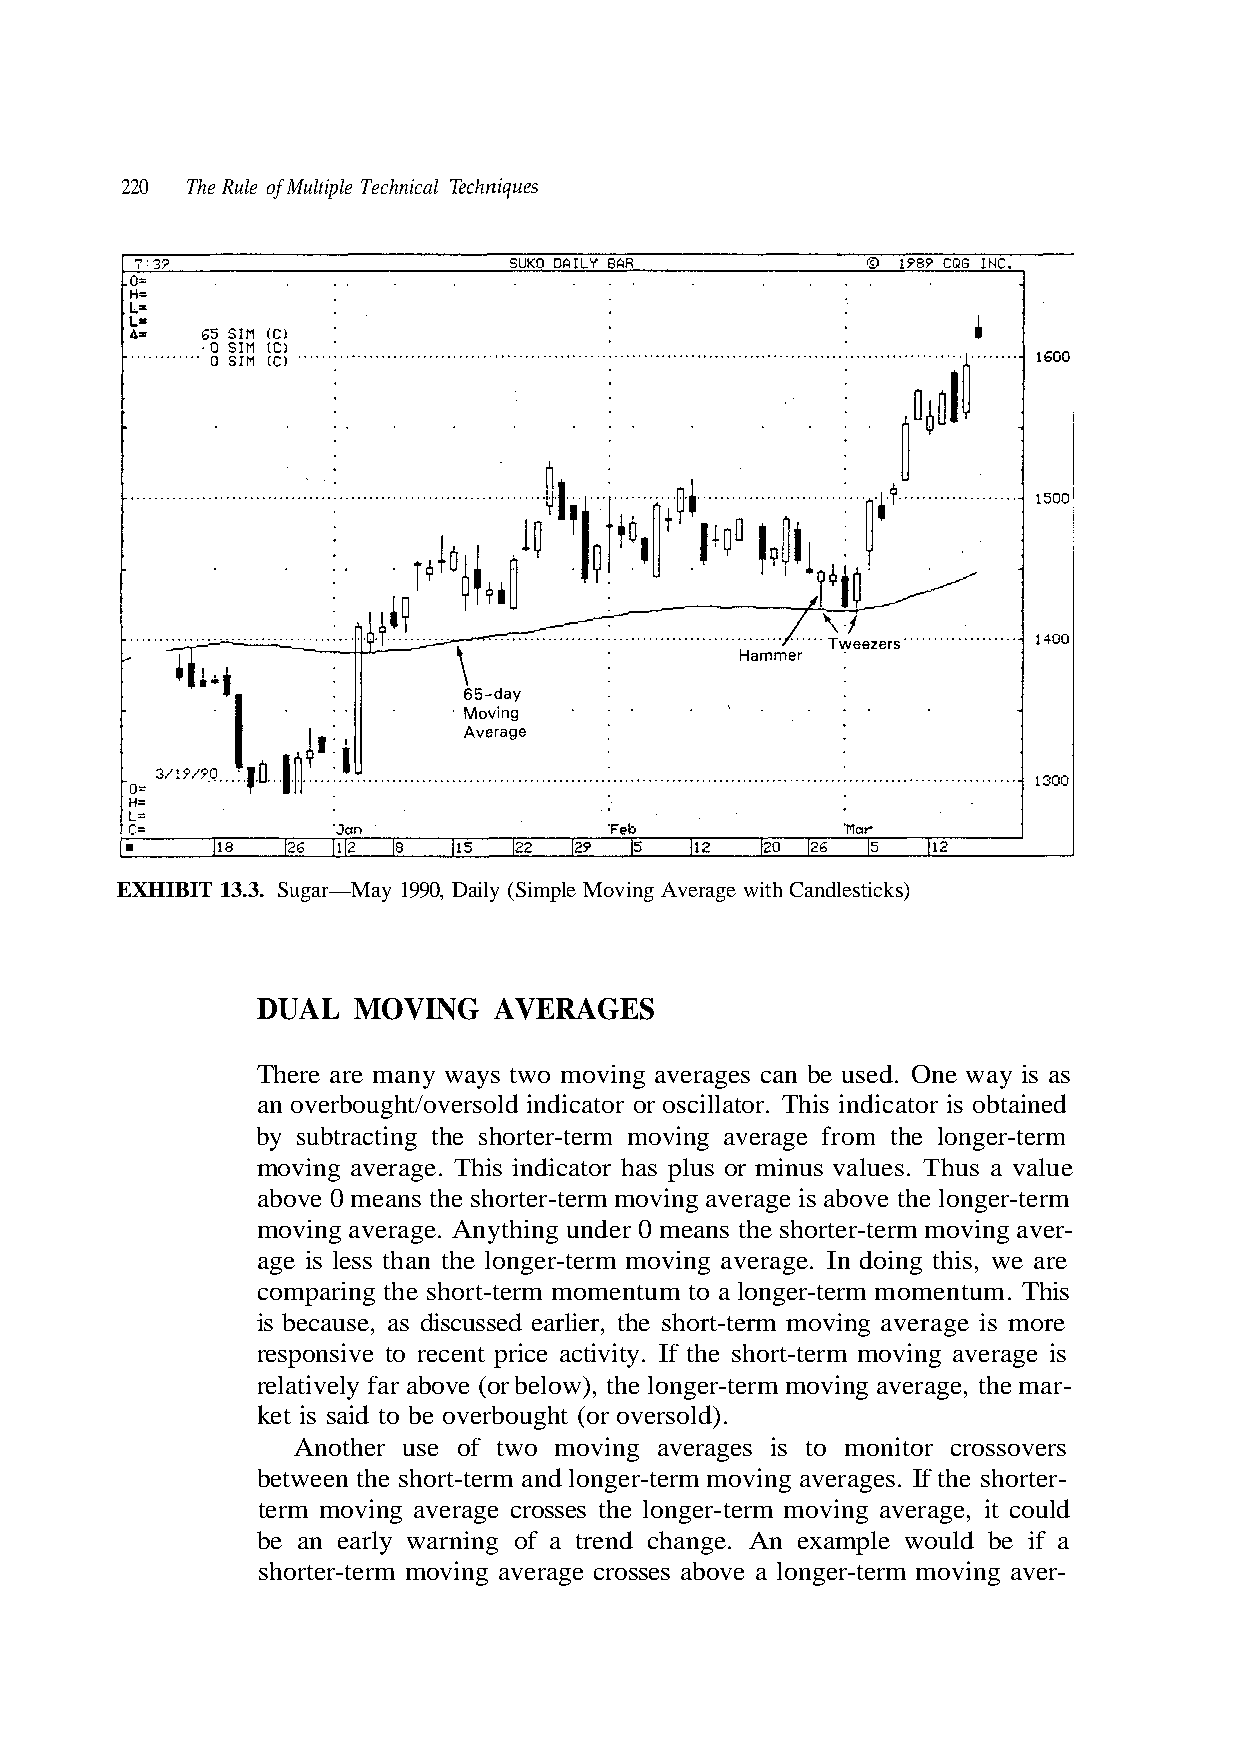
220 The Rule of Multiple Technical Techniques
 DUAL  MOVING    AVERAGES
 There are many ways two moving averages can be used. One way is as
 an overbought/oversold indicator or oscillator. This indicator is obtained
 moving average. This indicator has plus or minus values. Thus a value
 above 0 means the shorter-term moving average is above the longer-term
 moving average. Anything under 0 means the shorter-term moving aver-
 age is less than the longer-term moving average. In doing this, we are
 comparing the short-term momentum to a longer-term momentum. This
 Another use of two moving averages is to monitor crossovers
 term moving average crosses the longer-term moving average, it could
 be an early warning of a trend change. An example would be if a
 shorter-term moving average crosses above a longer-term moving aver-
 - r a m e h t , e g a r e v a g n i v o m m r e t -
 m
 r e
 r e
 g
 r-t
 n
 Candlesticks)
 e longe
 e lo
 Average with
 from th
 w), th
 May 1990, Daily (Simple Moving
 m moving average
 m moving average is
 ve (or belo
 EXHIBIT 13.3. Sugar—
 by subtracting the shorter-ter
 is because, as discussed earlier, the short-term moving average is more
 responsive to recent price activity. If the short-ter
 relatively far abo
 ket is said to be overbought (or oversold).
 between the short-term and longer-term moving averages. If the shorter-